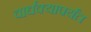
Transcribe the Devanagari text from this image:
वार्धक्यापर्यंत